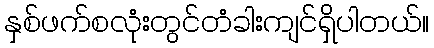
နှစ်ဖက်စလုံးတွင်တံခါးကျင်ရှိပါတယ်။